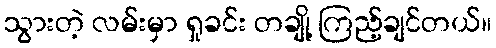
သွားတဲ့ လမ်းမှာ ရှုခင်း တချို့ ကြည့်ချင်တယ်။